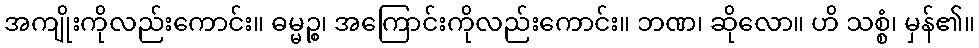
အကျိုးကိုလည်းကောင်း။ ဓမ္မဉ္စ၊ အကြောင်းကိုလည်းကောင်း။ ဘဏ၊ ဆိုလော။ ဟိ သစ္စံ၊ မှန်၏။